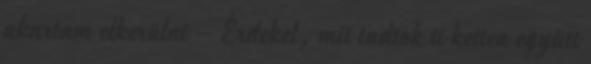
akartam elkerülni – Érdekel, mit tudtok ti ketten együtt